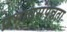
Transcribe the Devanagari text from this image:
प्रभावसंपन्नता